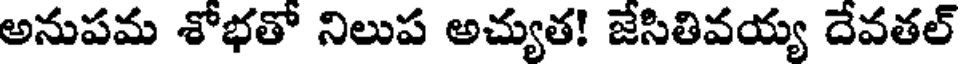
అనుపమ శోభతో నిలుప అచ్యుత! జేసితివయ్య దేవతల్